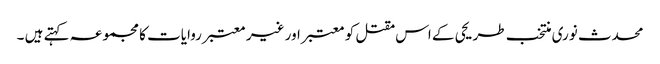
محدث نوری منتخب طریحی کے اس مقتل کو معتبر اور غیر معتبر روایات کا مجموعہ کہتے ہیں ۔